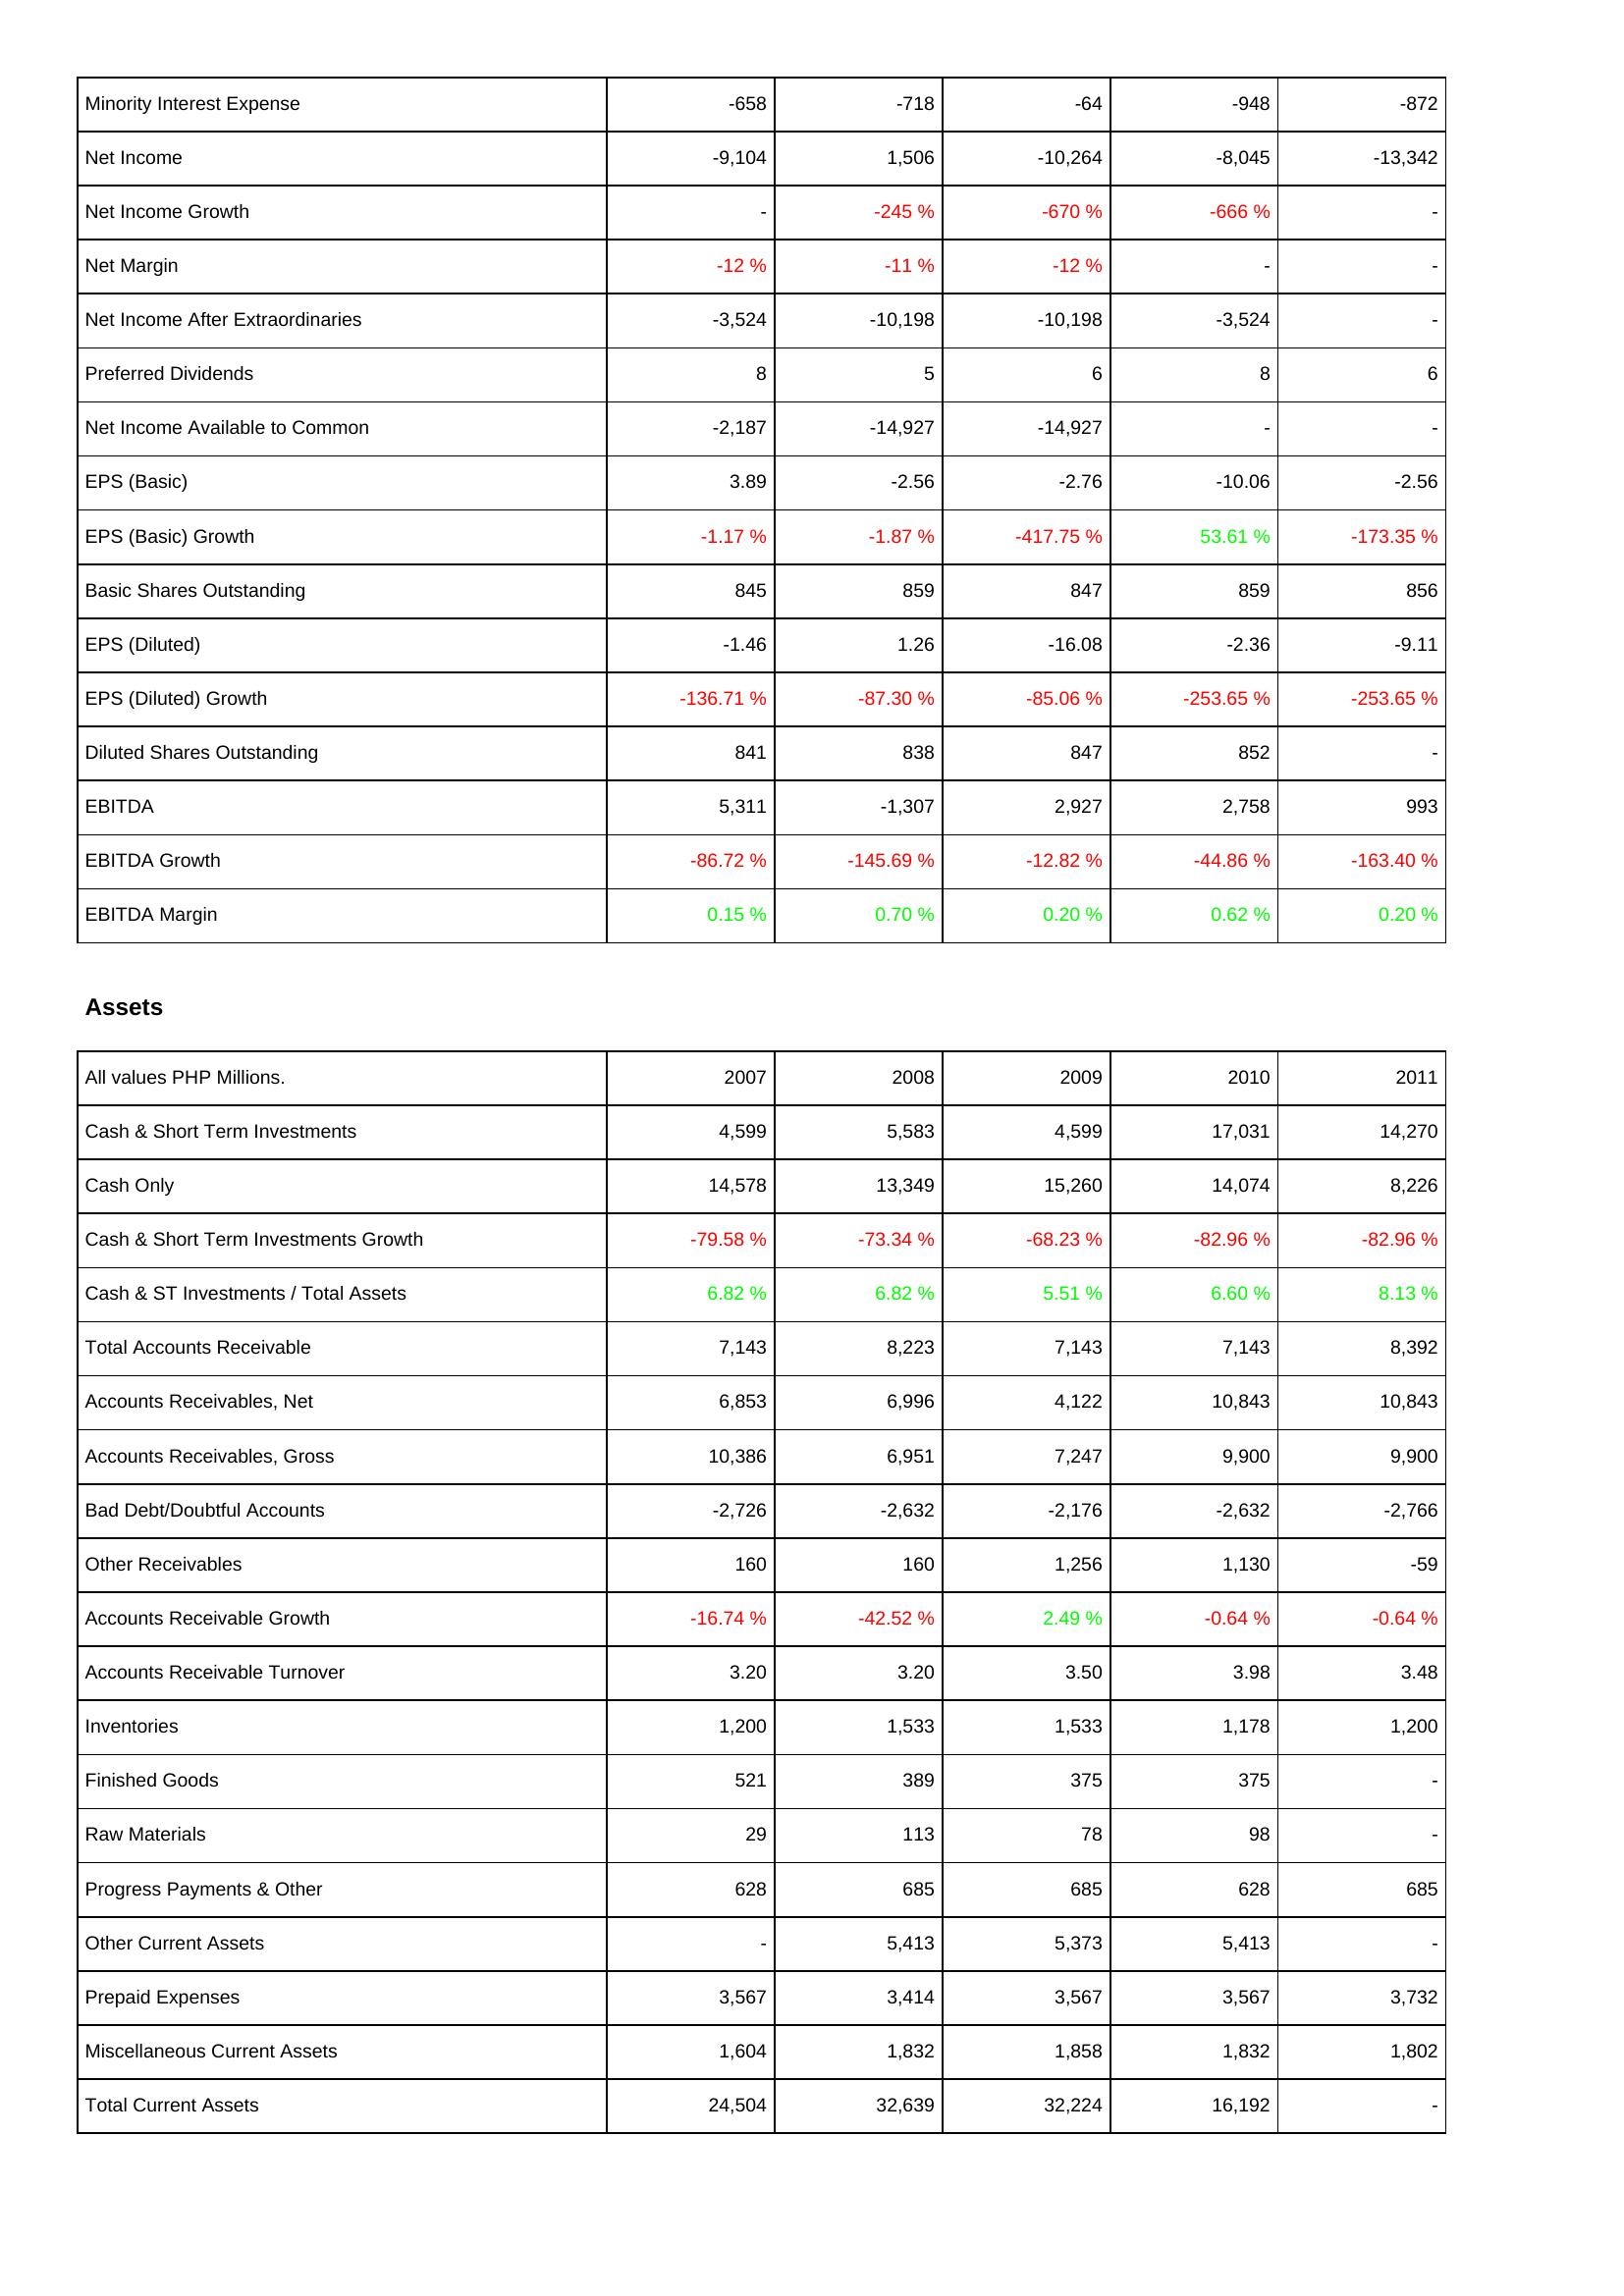
2007: Income Statement: Minority Interest Expense: -658
Net Income: -9,104
Net Income Growth: -
Net Margin: -12 %
Net Income After Extraordinaries: -3,524
Preferred Dividends: 8
Net Income Available to Common: -2,187
EPS (Basic): 3.89
EPS (Basic) Growth: -1.17 %
Basic Shares Outstanding: 845
EPS (Diluted): -1.46
EPS (Diluted) Growth: -136.71 %
Diluted Shares Outstanding: 841
EBITDA: 5,311
EBITDA Growth: -86.72 %
EBITDA Margin: 0.15 %
Assets: Cash & Short Term Investments: 4,599
Cash Only: 14,578
Cash & Short Term Investments Growth: -79.58 %
Cash & ST Investments / Total Assets: 6.82 %
Total Accounts Receivable: 7,143
Accounts Receivables, Net: 6,853
Accounts Receivables, Gross: 10,386
Bad Debt/Doubtful Accounts: -2,726
Other Receivables: 160
Accounts Receivable Growth: -16.74 %
Accounts Receivable Turnover: 3.20
Inventories: 1,200
Finished Goods: 521
Raw Materials: 29
Progress Payments & Other: 628
Other Current Assets: -
Prepaid Expenses: 3,567
Miscellaneous Current Assets: 1,604
Total Current Assets: 24,504
2008: Income Statement: Minority Interest Expense: -718
Net Income: 1,506
Net Income Growth: -245 %
Net Margin: -11 %
Net Income After Extraordinaries: -10,198
Preferred Dividends: 5
Net Income Available to Common: -14,927
EPS (Basic): -2.56
EPS (Basic) Growth: -1.87 %
Basic Shares Outstanding: 859
EPS (Diluted): 1.26
EPS (Diluted) Growth: -87.30 %
Diluted Shares Outstanding: 838
EBITDA: -1,307
EBITDA Growth: -145.69 %
EBITDA Margin: 0.70 %
Assets: Cash & Short Term Investments: 5,583
Cash Only: 13,349
Cash & Short Term Investments Growth: -73.34 %
Cash & ST Investments / Total Assets: 6.82 %
Total Accounts Receivable: 8,223
Accounts Receivables, Net: 6,996
Accounts Receivables, Gross: 6,951
Bad Debt/Doubtful Accounts: -2,632
Other Receivables: 160
Accounts Receivable Growth: -42.52 %
Accounts Receivable Turnover: 3.20
Inventories: 1,533
Finished Goods: 389
Raw Materials: 113
Progress Payments & Other: 685
Other Current Assets: 5,413
Prepaid Expenses: 3,414
Miscellaneous Current Assets: 1,832
Total Current Assets: 32,639
2009: Income Statement: Minority Interest Expense: -64
Net Income: -10,264
Net Income Growth: -670 %
Net Margin: -12 %
Net Income After Extraordinaries: -10,198
Preferred Dividends: 6
Net Income Available to Common: -14,927
EPS (Basic): -2.76
EPS (Basic) Growth: -417.75 %
Basic Shares Outstanding: 847
EPS (Diluted): -16.08
EPS (Diluted) Growth: -85.06 %
Diluted Shares Outstanding: 847
EBITDA: 2,927
EBITDA Growth: -12.82 %
EBITDA Margin: 0.20 %
Assets: Cash & Short Term Investments: 4,599
Cash Only: 15,260
Cash & Short Term Investments Growth: -68.23 %
Cash & ST Investments / Total Assets: 5.51 %
Total Accounts Receivable: 7,143
Accounts Receivables, Net: 4,122
Accounts Receivables, Gross: 7,247
Bad Debt/Doubtful Accounts: -2,176
Other Receivables: 1,256
Accounts Receivable Growth: 2.49 %
Accounts Receivable Turnover: 3.50
Inventories: 1,533
Finished Goods: 375
Raw Materials: 78
Progress Payments & Other: 685
Other Current Assets: 5,373
Prepaid Expenses: 3,567
Miscellaneous Current Assets: 1,858
Total Current Assets: 32,224
2010: Income Statement: Minority Interest Expense: -948
Net Income: -8,045
Net Income Growth: -666 %
Net Margin: -
Net Income After Extraordinaries: -3,524
Preferred Dividends: 8
Net Income Available to Common: -
EPS (Basic): -10.06
EPS (Basic) Growth: 53.61 %
Basic Shares Outstanding: 859
EPS (Diluted): -2.36
EPS (Diluted) Growth: -253.65 %
Diluted Shares Outstanding: 852
EBITDA: 2,758
EBITDA Growth: -44.86 %
EBITDA Margin: 0.62 %
Assets: Cash & Short Term Investments: 17,031
Cash Only: 14,074
Cash & Short Term Investments Growth: -82.96 %
Cash & ST Investments / Total Assets: 6.60 %
Total Accounts Receivable: 7,143
Accounts Receivables, Net: 10,843
Accounts Receivables, Gross: 9,900
Bad Debt/Doubtful Accounts: -2,632
Other Receivables: 1,130
Accounts Receivable Growth: -0.64 %
Accounts Receivable Turnover: 3.98
Inventories: 1,178
Finished Goods: 375
Raw Materials: 98
Progress Payments & Other: 628
Other Current Assets: 5,413
Prepaid Expenses: 3,567
Miscellaneous Current Assets: 1,832
Total Current Assets: 16,192
2011: Income Statement: Minority Interest Expense: -872
Net Income: -13,342
Net Income Growth: -
Net Margin: -
Net Income After Extraordinaries: -
Preferred Dividends: 6
Net Income Available to Common: -
EPS (Basic): -2.56
EPS (Basic) Growth: -173.35 %
Basic Shares Outstanding: 856
EPS (Diluted): -9.11
EPS (Diluted) Growth: -253.65 %
Diluted Shares Outstanding: -
EBITDA: 993
EBITDA Growth: -163.40 %
EBITDA Margin: 0.20 %
Assets: Cash & Short Term Investments: 14,270
Cash Only: 8,226
Cash & Short Term Investments Growth: -82.96 %
Cash & ST Investments / Total Assets: 8.13 %
Total Accounts Receivable: 8,392
Accounts Receivables, Net: 10,843
Accounts Receivables, Gross: 9,900
Bad Debt/Doubtful Accounts: -2,766
Other Receivables: -59
Accounts Receivable Growth: -0.64 %
Accounts Receivable Turnover: 3.48
Inventories: 1,200
Finished Goods: -
Raw Materials: -
Progress Payments & Other: 685
Other Current Assets: -
Prepaid Expenses: 3,732
Miscellaneous Current Assets: 1,802
Total Current Assets: -